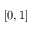
[ 0 , 1 ]